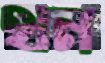
থন